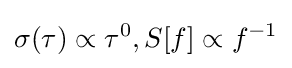
\sigma (\tau )\propto \tau ^{0},S[f]\propto f^{-1}